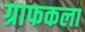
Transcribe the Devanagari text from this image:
ग्राफकला